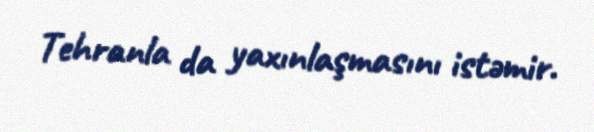
Tehranla da yaxınlaşmasını istəmir.